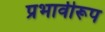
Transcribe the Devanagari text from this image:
प्रभावीरूप